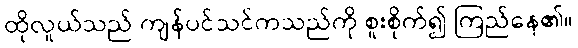
ထိုလူယ်သည် ကျန်ပင်သင်ကသည်ကို စူးစိုက်၍ ကြည်နေ၏။